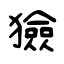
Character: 獫